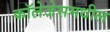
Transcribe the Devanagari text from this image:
कॉलेजेसमधील